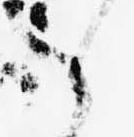
候